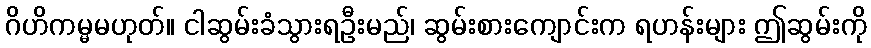
ဂိဟိကမ္မမဟုတ်။ ငါဆွမ်းခံသွားရဦးမည်၊ ဆွမ်းစားကျောင်းက ရဟန်းများ ဤဆွမ်းကို